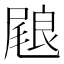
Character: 𭯢